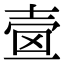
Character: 𡔫